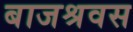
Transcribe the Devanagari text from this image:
बाजश्रवस